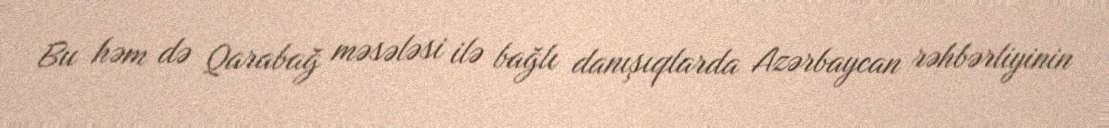
Bu həm də Qarabağ məsələsi ilə bağlı danışıqlarda Azərbaycan rəhbərliyinin